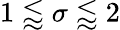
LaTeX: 1\lessapprox\sigma\lessapprox 2